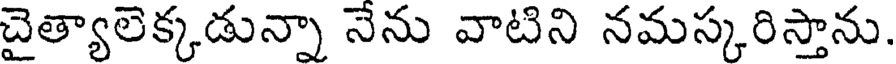
చైత్యాలెక్కడున్నా నెను వాటిని నమస్కరిస్తాను.